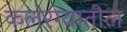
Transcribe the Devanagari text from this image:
कलरग्यातील